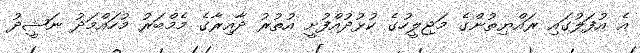
އެ އުފަލުގައި ރައްޔިތުންގެ މަޖިލީހުގެ ކުޅުދުއްފުށީ އުތުރު ދާއިރާގެ މެމްބަރު މުހައްމަދު ނަޝީދު